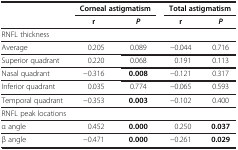
<table><thead><tr><td><b> </b></td><td colspan="2"><b>Corneal astigmatism</b></td><td colspan="2"><b>Total astigmatism</b></td></tr><tr><td><b> </b></td><td><b>r</b></td><td><b><i>P</i></b></td><td><b>r</b></td><td><b><i>P</i></b></td></tr></thead><tbody><tr><td>RNFL thickness</td><td> </td><td> </td><td> </td><td> </td></tr><tr><td>Average</td><td>0.205</td><td>0.089</td><td>−0.044</td><td>0.716</td></tr><tr><td>Superior quadrant</td><td>0.220</td><td>0.068</td><td>0.191</td><td>0.113</td></tr><tr><td>Nasal quadrant</td><td>−0.316</td><td><b>0.008</b></td><td>−0.121</td><td>0.317</td></tr><tr><td>Inferior quadrant</td><td>0.035</td><td>0.774</td><td>−0.065</td><td>0.593</td></tr><tr><td>Temporal quadrant</td><td>−0.353</td><td><b>0.003</b></td><td>−0.102</td><td>0.400</td></tr><tr><td>RNFL peak locations</td><td> </td><td> </td><td> </td><td> </td></tr><tr><td>α angle</td><td>0.452</td><td><b>0.000</b></td><td>0.250</td><td><b>0.037</b></td></tr><tr><td>β angle</td><td>−0.471</td><td><b>0.000</b></td><td>−0.261</td><td><b>0.029</b></td></tr></tbody></table>